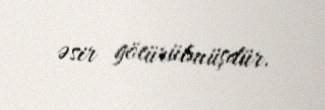
əsir götürülmüşdür.